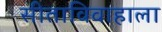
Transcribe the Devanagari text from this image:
सीताविवाहाला